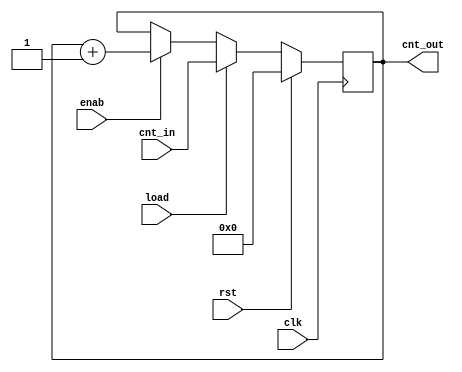
`default_nettype none
`timescale 1ns/ 100ps

module counter #(parameter WIDTH = 5) (
  input wire [WIDTH-1:0] cnt_in,
  input wire enab,
  input wire load,
  input wire clk,
  input wire rst,
  output reg [WIDTH-1:0] cnt_out
);

  always @ (posedge clk) begin
    if (rst) begin
      cnt_out <= 0;
    end else if (load) begin
      cnt_out <= cnt_in;
    end else if (enab) begin
      cnt_out <= cnt_out + 1;
    end
  end

endmodule